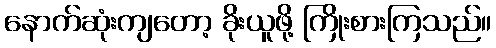
နောက်ဆုံးကျတော့ ခိုးယူဖို့ ကြိုးစားကြသည်။